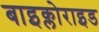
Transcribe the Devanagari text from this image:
बाइक्लोराइड